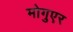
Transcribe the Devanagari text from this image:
मोगुएर